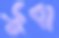
ডুবা